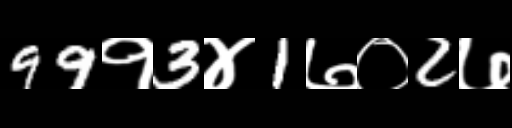
Text: 99१3४1७०2७